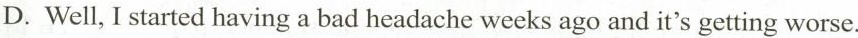
D.Well, I started having a bad headache weeks ago and it's getting worse.